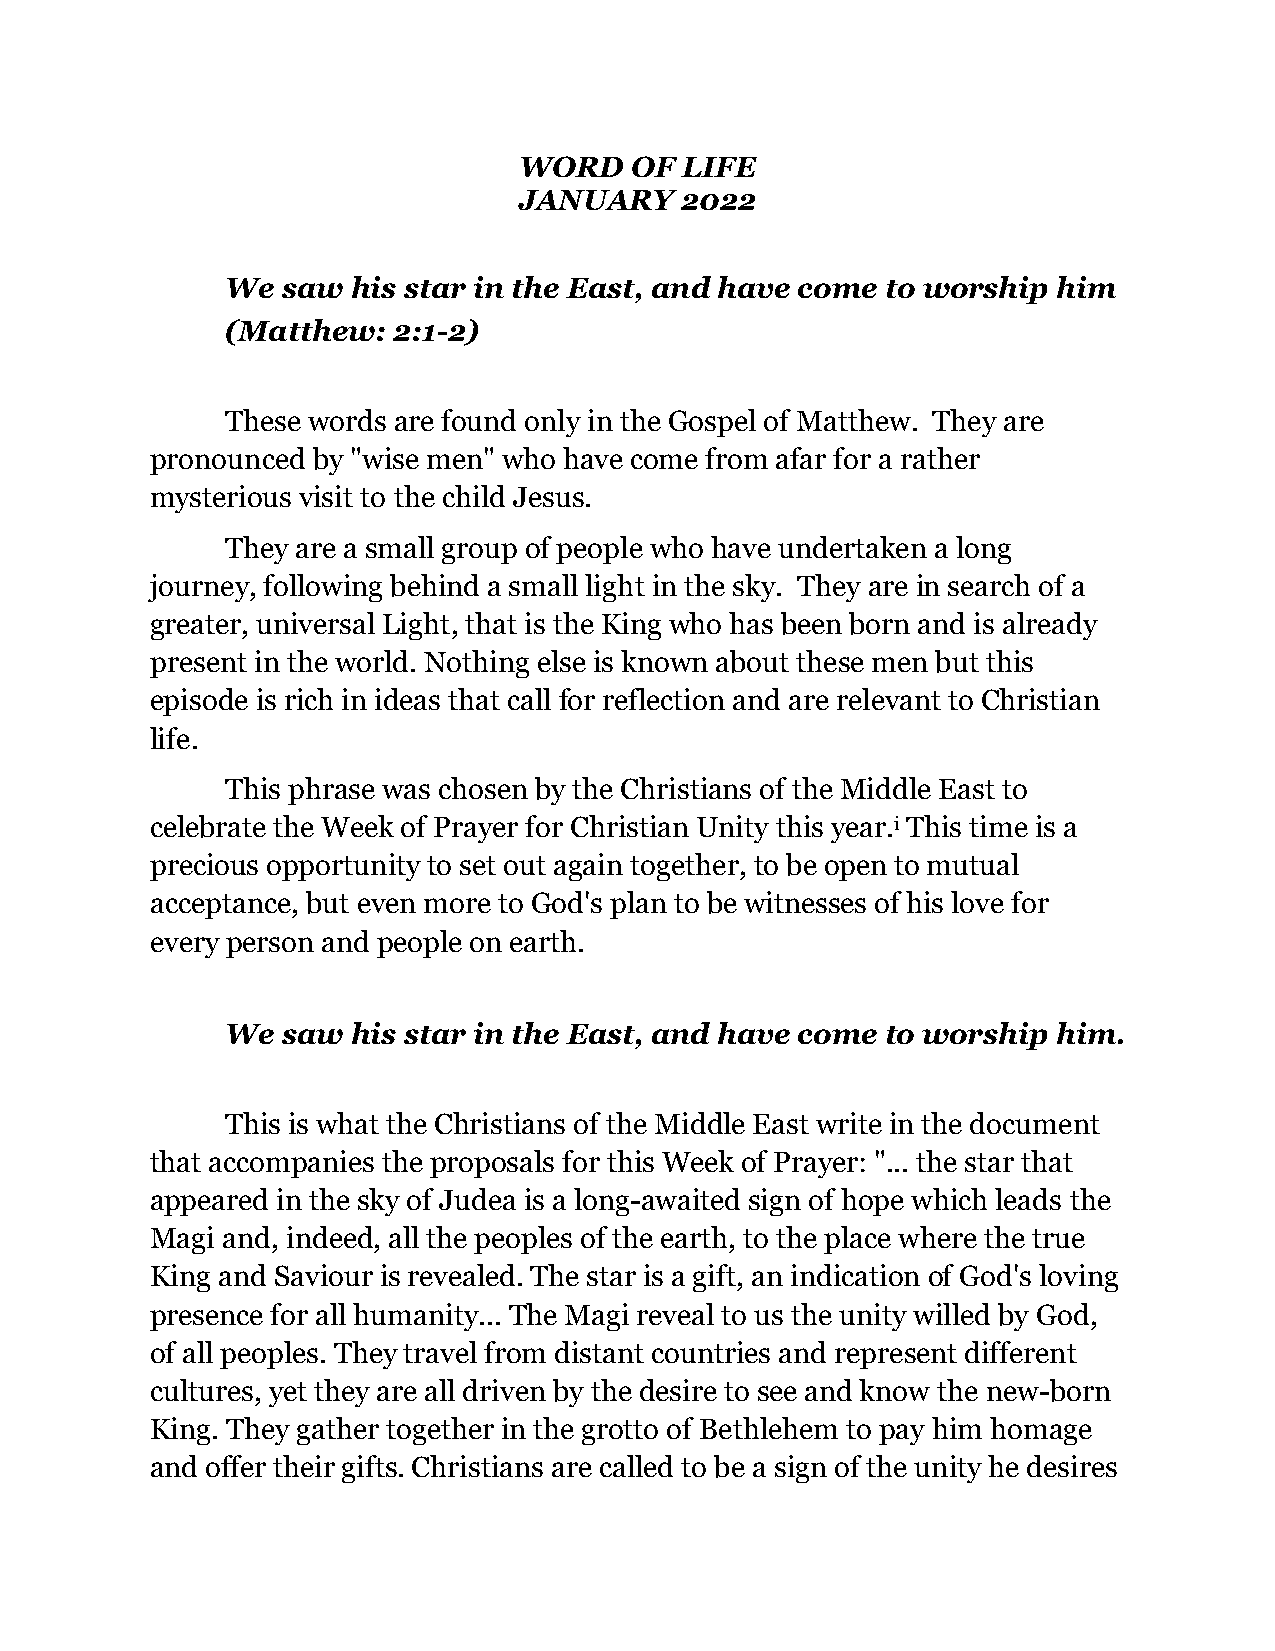
WORD    OF LIFE
 JANUARY    2022
 We  saw his star in the East, and have come to worship him
 (Matthew:  2:1-2)
 These words are found only in the Gospel of Matthew. They are
 pronounced by "wise men" who have come from afar for a rather
 mysterious visit to the child Jesus.
 They are a small group of people who have undertaken a long
 journey, following behind a small light in the sky. They are in search of a
 greater, universal Light, that is the King who has been born and is already
 present in the world. Nothing else is known about these men but this
 episode is rich in ideas that call for reflection and are relevant to Christian
 life.
 This phrase was chosen by the Christians of the Middle East to
 celebrate the Week of Prayer for Christian Unity this year.i This time is a
 precious opportunity to set out again together, to be open to mutual
 acceptance, but even more to God's plan to be witnesses of his love for
 every person and people on earth.
 We  saw his star in the East, and have come to worship him.
 This is what the Christians of the Middle East write in the document
 that accompanies the proposals for this Week of Prayer: "... the star that
 appeared in the sky of Judea is a long-awaited sign of hope which leads the
 Magi and, indeed, all the peoples of the earth, to the place where the true
 King and Saviour is revealed. The star is a gift, an indication of God's loving
 presence for all humanity... The Magi reveal to us the unity willed by God,
 of all peoples. They travel from distant countries and represent different
 cultures, yet they are all driven by the desire to see and know the new-born
 King. They gather together in the grotto of Bethlehem to pay him homage
 and offer their gifts. Christians are called to be a sign of the unity he desires